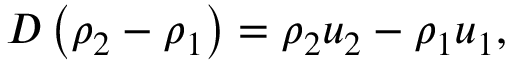
D \left( \rho _ { 2 } - \rho _ { 1 } \right) = \rho _ { 2 } u _ { 2 } - \rho _ { 1 } u _ { 1 } ,